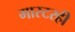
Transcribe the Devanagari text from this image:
मास्टरही